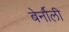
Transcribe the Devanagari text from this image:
बेर्नौली